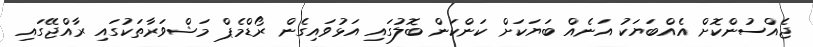
ޖެއްސުންކޮށް އެއްބަޔަކު އަނެއް ބަޔަކަށް ކަންކަން ބޮލުގައި އަޅުވައިގެން ރޯޑްމެޕް މަޝްވަރާތަކުގައި ރާއްޖޭގައި